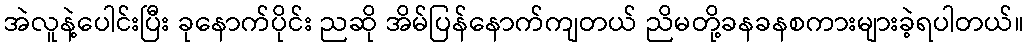
အဲလူနဲ့ပေါင်းပြီး ခုနောက်ပိုင်း ညဆို အိမ်ပြန်နောက်ကျတယ် ညိမတို့ခနခနစကားများခဲ့ရပါတယ်။